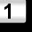
Digit: 1